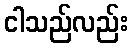
ငါသည်လည်း